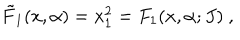
{ \tilde { F } } _ { 1 } ( x , \alpha ) = x _ { 1 } ^ { 2 } = F _ { 1 } ( x , \alpha ; J ) ~ ,